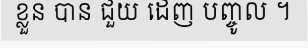
ខ្លួន បាន ជួយ ដេញ បញ្ចូល ។